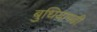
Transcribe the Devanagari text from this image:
बुधियागढी